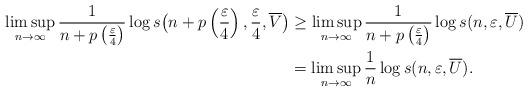
LaTeX: \begin{align*} \limsup_{n\to\infty}\frac{1}{n+p\left(\frac{\varepsilon}{4}\right)} \log s \big( n+p\left(\frac{\varepsilon}{4}\right),\frac{\varepsilon}{4}, \overline{V} \big)& \ge \limsup_{n\to\infty} \frac{1}{n+p\left(\frac{\varepsilon}{4}\right)}\log s(n,\varepsilon, \overline{U}) \\& = \limsup_{n\to\infty} \frac{1}{n}\log s(n,\varepsilon, \overline{U}).\end{align*}